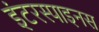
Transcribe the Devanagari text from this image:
इंटरस्पाइनस